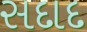
સદાદ